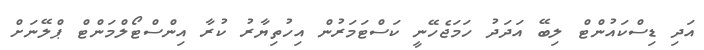
އަދި ޑިސްކައުންޓް ލިބޭ އަދަދު ހަމަޖެހޭނީ ކަސްޓަމަރުން އިހުތިޔާރު ކުރާ އިންސްޓޯލްމަންޓް ޕްލޭނަށް